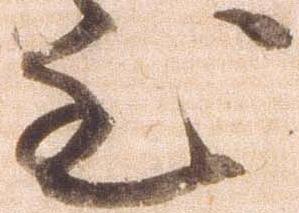
至